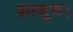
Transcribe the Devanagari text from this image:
क़ानून।